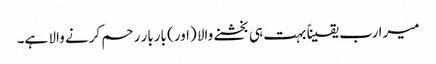
میرا رب یقیناً بہت ہی بخشنے والا (اور) باربار رحم کرنے والا ہے۔